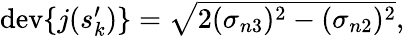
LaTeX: \begin{array}{r}{\mathrm{dev}\{ j(s_{k}^{\prime})\} =\sqrt{2(\sigma_{n3})^{2}-(\sigma_{n2})^{2}},}\end{array}